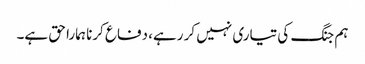
ہم جنگ کی تیاری نہیں کر رہے، دفاع کرنا ہمارا حق ہے۔